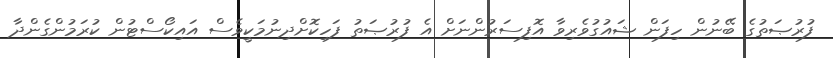
ފުރުޞަތުގެ ބޭނުން ހިފަން ޝައުގުވެރިވާ އޮފިސަރުންނަށް އެ ފުރުޞަތު ފަހިކޮށްދިނުމަކީވެސް އައިކޯސްޓުން ކުރަމުންގެންދާ